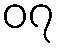
၀၇